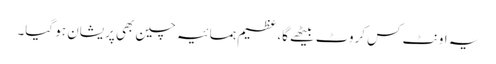
یہ اونٹ کس کروٹ بیٹھے گا، عظیم ہمسائیہ چین بھی پریشان ہو گیا۔